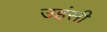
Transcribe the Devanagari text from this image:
उहंसी